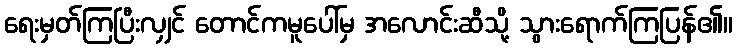
ရေးမှတ်ကြပြီးလျှင် တောင်ကမူပေါ်မှ အလောင်းဆီသို့ သွားရောက်ကြပြန်၏။